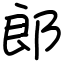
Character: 郎